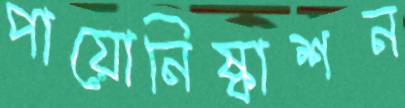
পায়োনিষ্কাশন